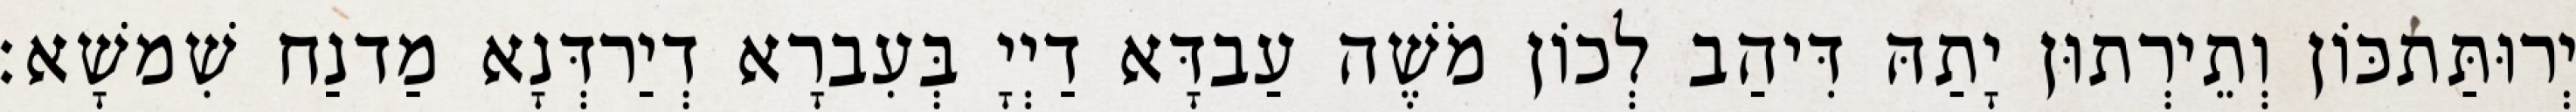
יְרוּתַּתכּוֹן וְתֵירְתוּן יָתַהּ דִּיהַב לְכוֹן מֹשֶׁה עַבדָּא דַיְיָ בְּעִברָא דְיַרדְּנָא מַדנַח שִׁמשָׁא׃